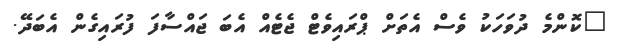
"ކޮންމެ ދުވަހަކު ވެސް އެތަށް ޕްރައިވެޓް ޖެޓެއް އެބަ ޖައްސާފަ ފުރައިގެން އެބަދޭ.